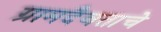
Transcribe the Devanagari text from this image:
ग्रामदैवताचे